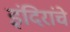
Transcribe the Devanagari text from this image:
इंदिरांचे